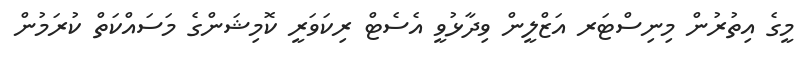
މީގެ އިތުރުން މިނިސްޓަރ އަޒްލީން ވިދާޅުވީ އެސެޓް ރިކަވަރީ ކޮމިޝަންގެ މަސައްކަތް ކުރަމުން